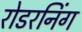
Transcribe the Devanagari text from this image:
रोडरनिंग